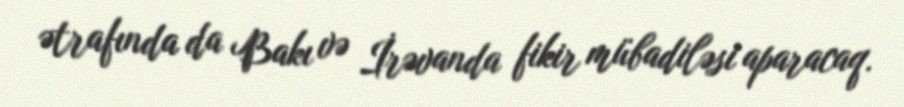
ətrafında da Bakı və İrəvanda fikir mübadiləsi aparacaq.